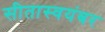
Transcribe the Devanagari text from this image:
सीतास्वयंबर